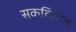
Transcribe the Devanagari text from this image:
सुकवितात